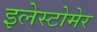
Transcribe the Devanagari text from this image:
इलेस्टोमेर